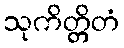
သုကိတ္တိတံ